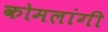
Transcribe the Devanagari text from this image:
कोमलांगी